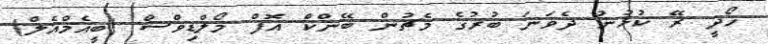
ހޯދީ ރޭ ކުޅުނު ދެވަނަ ބުރުގެ މެޗުން ބޭންކް އޮފް މޯލްޑިވްސް (ބީއެމްއެލް)